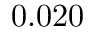
0 . 0 2 0